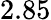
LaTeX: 2.85